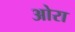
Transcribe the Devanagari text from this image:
ओरा